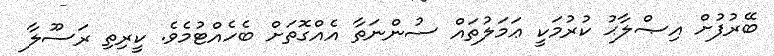
ބޭރުފުށް އިޞްލާޙު ކުރުމަކީ ޢަމަލުތައް ސުންނަތާ އެއްގޮތަށް ބެހެއްޓުމެވެ. ކީރިތި ރަސޫލާ